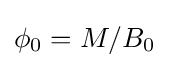
\phi _{0}=M/B_{0}